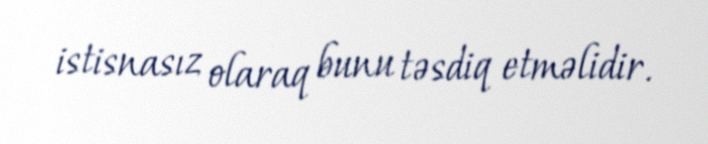
istisnasız olaraq bunu təsdiq etməlidir.